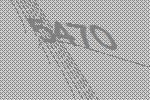
5470